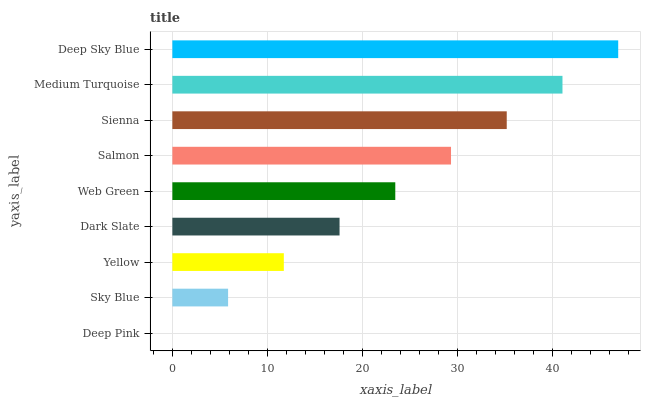
| yaxis_label | bars |
 | --- | --- |
 | Deep Pink | 0 |
 | Sky Blue | 5.87 |
 | Yellow | 11.7 |
 | Dark Slate | 17.6 |
 | Web Green | 23.5 |
 | Salmon | 29.3 |
 | Sienna | 35.2 |
 | Medium Turquoise | 41.1 |
 | Deep Sky Blue | 47 |